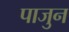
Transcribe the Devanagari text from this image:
पाजुन